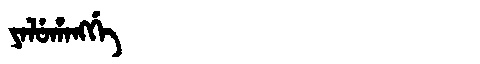
Manchu: ᠶᠠᠯᡠᡥᠠᠩᡤᡝ
Romanization: YALUHANGGE